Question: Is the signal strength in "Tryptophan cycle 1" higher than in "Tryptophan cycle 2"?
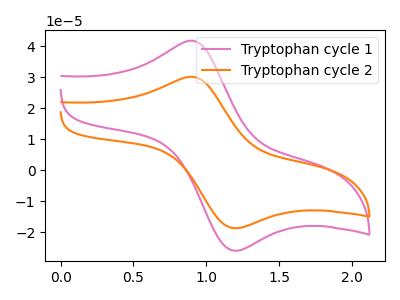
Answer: <think>The pink curve "Tryptophan cycle 1" has an anodic peak at (0.90V, 41.75uA) and a cathodic peak at (1.20V, -26.05uA). The orange curve "Tryptophan cycle 2" has an anodic peak at (0.90V, 30.10uA) and a cathodic peak at (1.20V, -18.80uA).
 All the peaks in "Tryptophan cycle 1" have a peak in "Tryptophan cycle 2" at the same potential. Every peak in "Tryptophan cycle 1" is higher than every peak in "Tryptophan cycle 2".</think>
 <answer>"Tryptophan cycle 1" has more signal than "Tryptophan cycle 2".</answer>
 <eval>more_signal</eval>